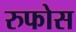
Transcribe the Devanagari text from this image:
रुफोस